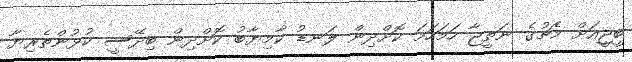
ބީޖީއަށް މެޗުގެ ނަތީޖާ ހަމަހަމަ ކޮށްދިން ލަނޑު ކާމިޔާބު ކޮށްދިން ބިދޭސީ ކުޅުންތެރިޔާ